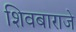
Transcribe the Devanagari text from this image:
शिवबाराजे